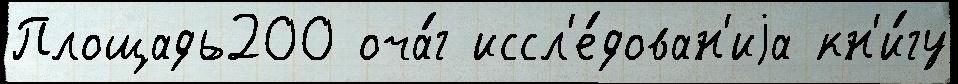
Площадь200 оча́г иссл'е́дован'иjа кн'и́гу